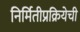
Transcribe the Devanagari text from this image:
निर्मितीप्रक्रियेची